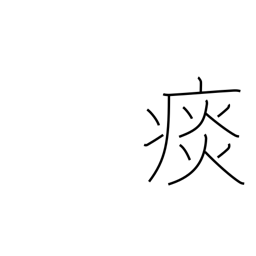
Meaning: sputum